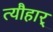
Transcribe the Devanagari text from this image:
त्यौहार्